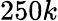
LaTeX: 250k